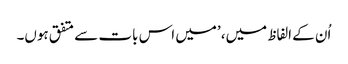
اُن کے الفاظ میں، ’میں اس بات سے متفق ہوں۔